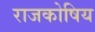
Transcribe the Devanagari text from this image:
राजकोषिय